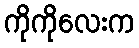
ကိုကိုလေးက